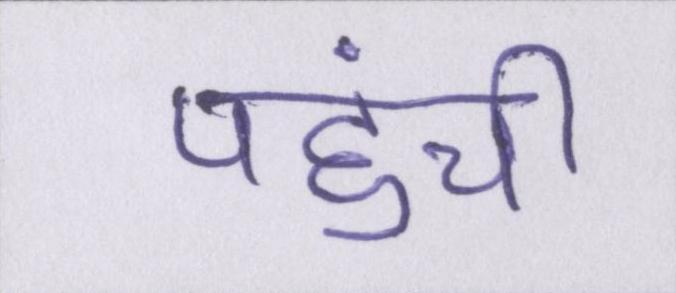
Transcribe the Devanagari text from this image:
पहुंची